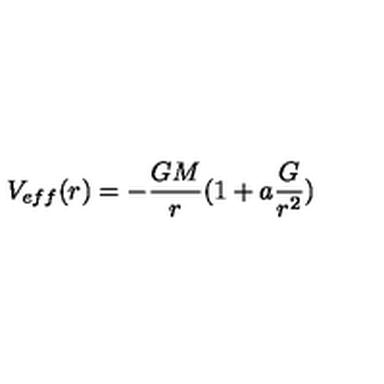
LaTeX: V _ { e f f } ( r ) = - { \frac { G M } { r } } ( 1 + a { \frac { G } { r ^ { 2 } } } )